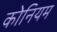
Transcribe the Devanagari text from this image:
कोनियम